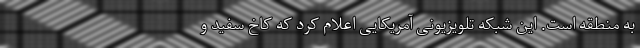
به منطقه است. این شبکه تلویزیونی آمریکایی اعلام کرد که کاخ سفید و